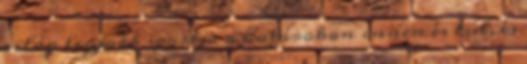
világ legjobb sportja a határokon innen és túl, és